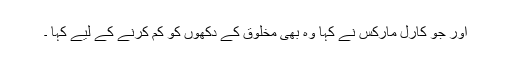
اور جو کارل مارکس نے کہا وہ بھی مخلوق کے دکھوں کو کم کرنے کے لیے کہا ۔